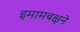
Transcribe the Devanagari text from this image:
इमामबक्षने